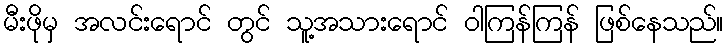
မီးဖိုမှ အလင်းရောင် တွင် သူ့အသားရောင် ဝါကြန်ကြန် ဖြစ်နေသည်။